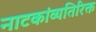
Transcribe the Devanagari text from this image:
नाटकांव्यतिरिक्त